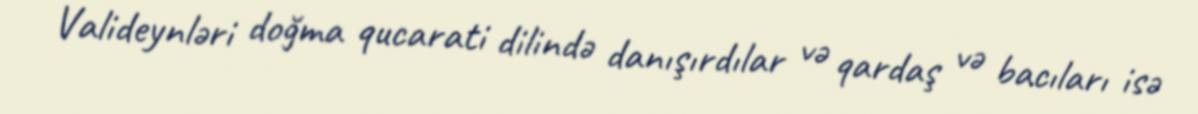
Valideynləri doğma qucarati dilində danışırdılar və qardaş və bacıları isə